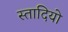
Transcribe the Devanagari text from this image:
स्तादियो